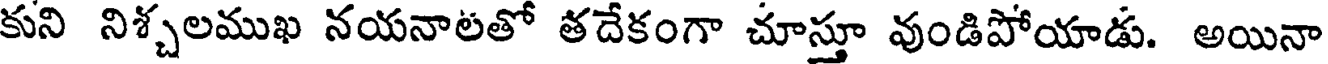
కుని నిశ్చలముఖ నయనాలతో తదేకంగా చూస్తూ వుండిపోయాడు. అయినా